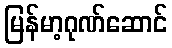
မြန်မာ့ဂုဏ်ဆောင်